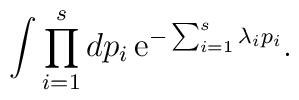
\int \prod_{i=1}^sdp_i \,{\rm e}^{-\sum_{i=1}^s\lambda_ip_i}.